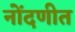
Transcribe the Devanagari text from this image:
नोंदणीत